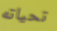
تحياته